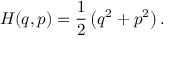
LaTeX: H ( q , p ) = { \frac { 1 } { 2 } } \left( q ^ { 2 } + p ^ { 2 } \right) .